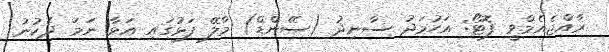
ރާއްޖެއެމްވީ ފޮޓޯ: އަހުމަދު ސާނިދު (ސޭންޑް) މާލޭ ފަޅުގައި އަޅާ ނަމަ ދެކުނު